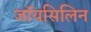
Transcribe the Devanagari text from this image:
जॉयसिलिन